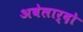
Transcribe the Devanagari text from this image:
अबेलार्दो